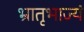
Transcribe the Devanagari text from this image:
भ्रातृभाज्यं